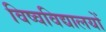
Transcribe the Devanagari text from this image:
विष्वविद्यालयों